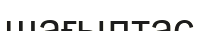
шағылтас